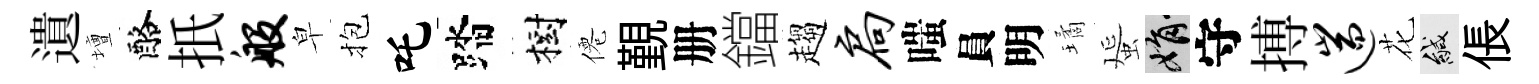
遺壇酪扺般皁抱吒踏樹僊覲册鐺趨扃嗤員明璚蜑娟守搏遄花緘倀